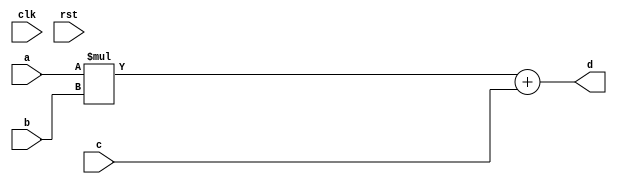
module conf_int_mac__noFF__arch_agnos( clk, rst, a, b, c, d
 );

//--- parameters
//parameter BT_RND = 0
parameter OP_BITWIDTH = 16; //operator bit width
parameter DATA_PATH_BITWIDTH = 16; //flip flop Bit width

//--- input,outputs
input clk;
input rst;
input [DATA_PATH_BITWIDTH -1:0] a;
input [DATA_PATH_BITWIDTH-1:0] b;
input [DATA_PATH_BITWIDTH-1:0] c;
output [DATA_PATH_BITWIDTH-1:0] d;


//--- no flop design
assign  d = (a * b) + c;

endmodule


module conf_int_mac__noFF__arch_agnos__w_wrapper( clk, rst, a_wrapper, b_wrapper, c_wrapper, d
);

//--- parameters
//parameter BT_RND = 0
parameter OP_BITWIDTH = 16; //operator bit width
parameter DATA_PATH_BITWIDTH = 16; //flip flop Bit width

//--- input,outputs
input clk;
input rst;
input [DATA_PATH_BITWIDTH -1:0] a_wrapper;
input [DATA_PATH_BITWIDTH-1:0] b_wrapper;
input [DATA_PATH_BITWIDTH-1:0] c_wrapper;
output [DATA_PATH_BITWIDTH-1:0] d;


//synopsys keep_signal_name "a_in"
//synopsys keep_signal_name "b_in"
//synopsys keep_signal_name "c_in"
wire [DATA_PATH_BITWIDTH-1:0] a_in;
wire [DATA_PATH_BITWIDTH-1:0] b_in;
wire [DATA_PATH_BITWIDTH-1:0] c_in;

assign a_in = a_wrapper;
assign b_in = b_wrapper;
assign c_in = c_wrapper;

conf_int_mac__noFF__arch_agnos #(DATA_PATH_BITWIDTH, OP_BITWIDTH) mac(.clk(clk), .rst(rst), .a(a_in), .b(b_in), .c(c_in),
    .d(d));

endmodule